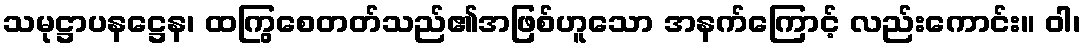
သမုဋ္ဌာပနဋ္ဌေန၊ ထကြွစေတတ်သည်၏အဖြစ်ဟူသော အနက်ကြောင့် လည်းကောင်း။ ဝါ၊